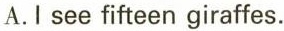
A.Iseefifteengiraffes。